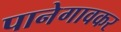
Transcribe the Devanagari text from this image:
पानेगावकर